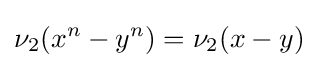
\nu _{2}(x^{n}-y^{n})=\nu _{2}(x-y)